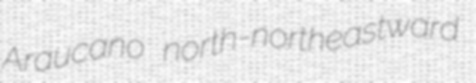
Araucano north-northeastward